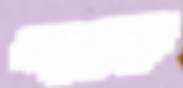
একুশেকে